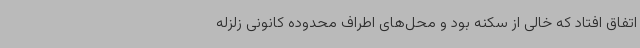
اتفاق افتاد که خالی از سکنه بود و محل‌های اطراف محدوده کانونی زلزله